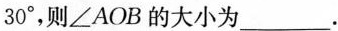
30^{\circ}，则\angle AOB的大小为___.